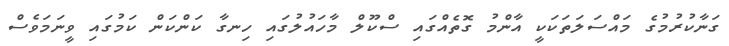
ގަނާކުރުމުގެ މައްސަލަތަކަކީ އާންމު ގޮތެއްގައި ސްކޫލް މާހައުލުގައި ހިނގާ ކަންކަން ކަމުގައި ވީނަމަވެސް